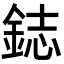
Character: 鋕